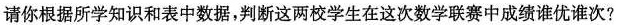
请你根据所学知识和表中数据，判断这两校学生在这次数学联赛中成绩谁优谁次?